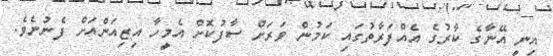
އިނީ އޭނާގެ ކާރުގެ އެއްފަރާތުގައި ކަމުން ވަރަށް ސާފުކޮށް އެމީހާ އިޒިއަންއަށް ފެނުނެވެ.